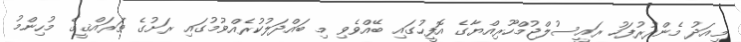
މިއަދު މެންދުރުފަހު ރައީސުލްޖުމްހޫރިއްޔާގެ އޮފީހުގައި ބޭއްވެވި މި ބައްދަލުކުރެއްވުމުގައި ރަށުގެ ތަރައްޤީގެ މުހިންމު